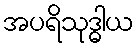
အပရိသုဒ္ဓါယ